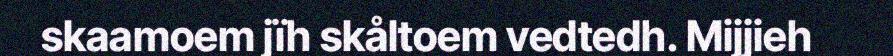
skaamoem jïh skåltoem vedtedh. Mijjieh